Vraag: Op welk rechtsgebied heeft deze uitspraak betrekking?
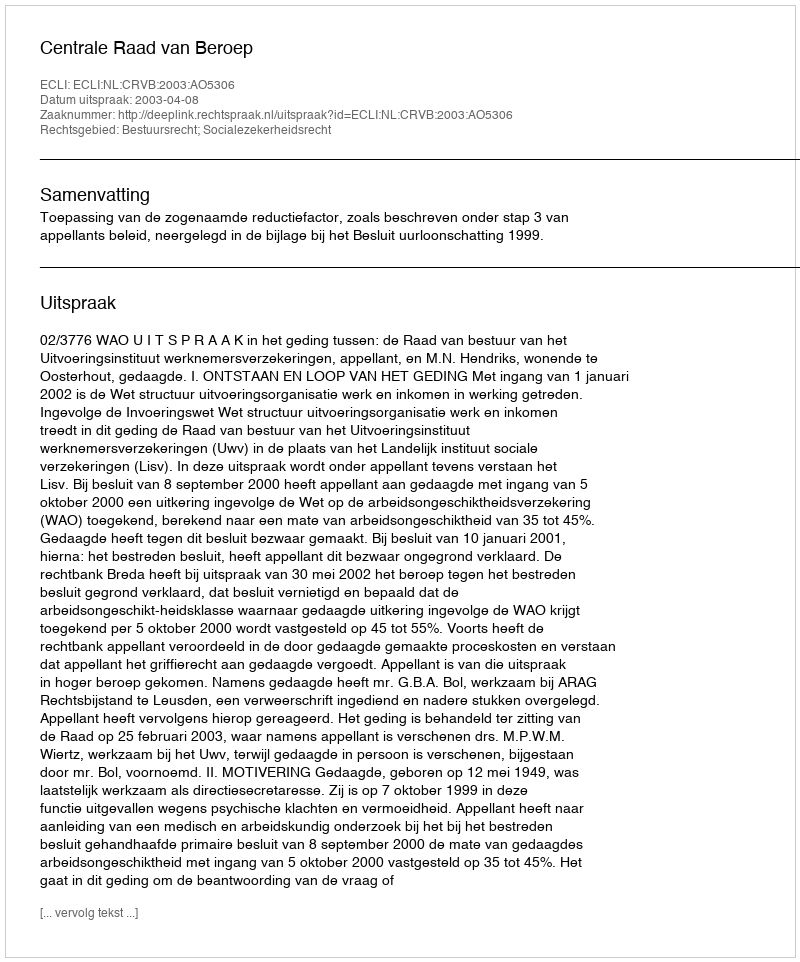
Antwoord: Bestuursrecht; Socialezekerheidsrecht